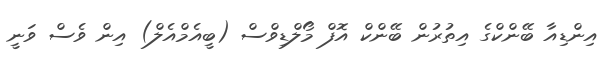
އިންޑިއާ ބޭންކްގެ އިތުރުން ބޭންކް އޮފް މޯލްޑިވްސް (ބީއެމްއެލް) އިން ވެސް ވަނީ